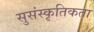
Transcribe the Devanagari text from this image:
सुसंस्कृतिकता